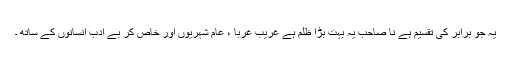
یہ جو برابر کی تقسیم ہے نا صاحب یہ بہت بڑا ظلم ہے غریب غربا ، عام شہریوں اور خاص کر بے ادب انسانوں کے ساتھ ۔